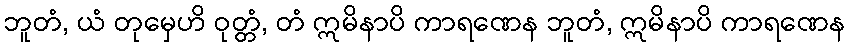
ဘူတံ, ယံ တုမှေဟိ ဝုတ္တံ, တံ ဣမိနာပိ ကာရဏေန ဘူတံ, ဣမိနာပိ ကာရဏေန